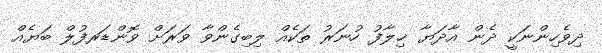
ދިވެހިންނަކީ ދެން އާދަޔާ ޚިލާފު ހުނަރު ތަކެއް ލިބިގެންވާ ވަރަށް ވޮންޑަރފުލް ބަޔެެއް